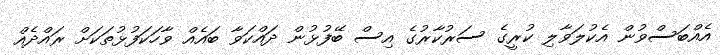
އެއްބަސްވުން އެކުލަވާލި ކުރީގެ ސަރުކާރުގެ އިސް ބޭފުޅުން ދައްކަވާ ބައެއް ވާހަކަފުޅުތަކަށް ރައްދެއް